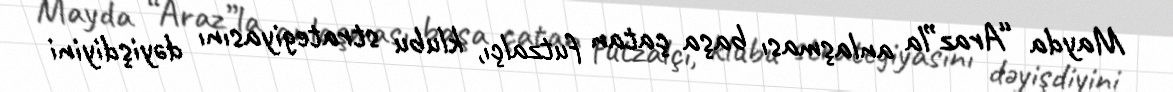
Mayda “Araz”la anlaşması başa çatan futzalçı, klubu strategiyasını dəyişdiyini